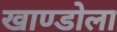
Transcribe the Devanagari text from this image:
खाण्डोला